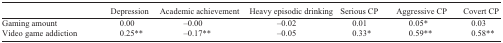
<table><thead><tr><td></td><td><b>Depression</b></td><td><b>Academic achievement</b></td><td><b>Heavy episodic drinking</b></td><td><b>Serious CP</b></td><td><b>Aggressive CP</b></td><td><b>Covert CP</b></td></tr></thead><tbody><tr><td>Gaming amount</td><td>0.00</td><td>–0.00</td><td>–0.02</td><td>0.01</td><td>0.05<sup>*</sup></td><td>0.03</td></tr><tr><td>Video game addiction</td><td>0.25<sup>**</sup></td><td>–0.17<sup>**</sup></td><td>–0.05</td><td>0.33<sup>*</sup></td><td>0.59<sup>**</sup></td><td>0.58<sup>**</sup></td></tr></tbody></table>